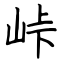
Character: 垰